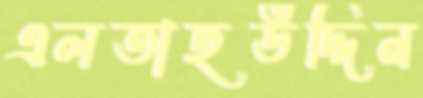
এলতাছউদ্দিন